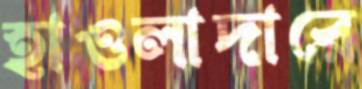
হাওলাদারে